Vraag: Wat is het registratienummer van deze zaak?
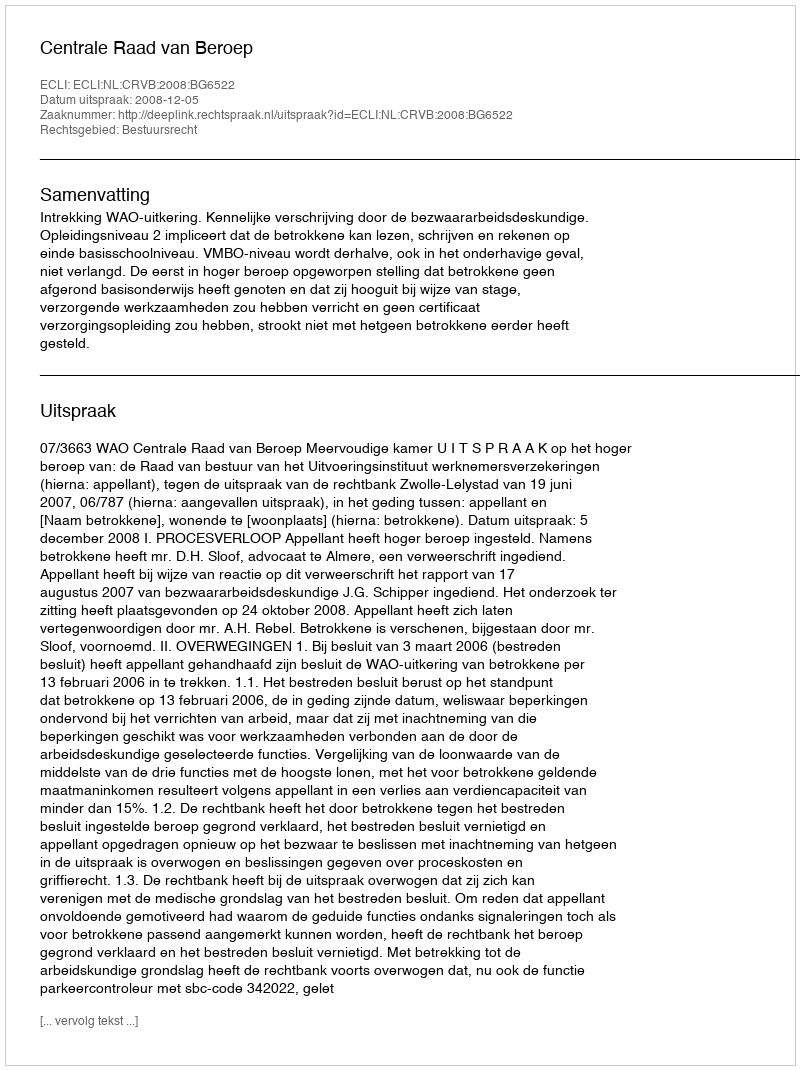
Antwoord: http://deeplink.rechtspraak.nl/uitspraak?id=ECLI:NL:CRVB:2008:BG6522